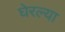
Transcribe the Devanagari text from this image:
घेरल्या